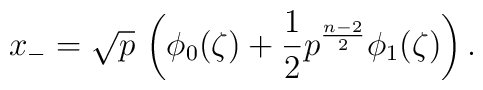
x_{-}=\sqrt{p}\,\left(\phi_{0}(\zeta)+\frac{1}{2}p^{\frac{n-2}{2}}\phi_{1}(\zeta)\right).